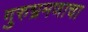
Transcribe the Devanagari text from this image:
गुरुभ्रमणाचा